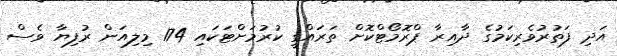
އަދި ފަތުރުވެރިކަމުގެ ދާއިރާ ޕްރޮމޯޓްކޮށް ތަރައްގީ ކުރުމަށްޓަކައި 174 މިލިއަން ރުފިޔާ ވެސް